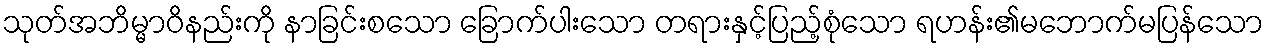
သုတ်အဘိမ္မာဝိနည်းကို နာခြင်းစသော ခြောက်ပါးသော တရားနှင့်ပြည့်စုံသော ရဟန်း၏မဘောက်မပြန်သော